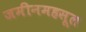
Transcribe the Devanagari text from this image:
जमीनमहसूल